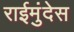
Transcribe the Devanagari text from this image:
राईमुंदेस